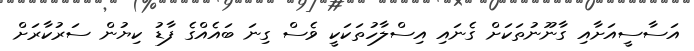
އަސާސީއަށާއި ގާނޫނުތަކަށް ގެނައި އިސްލާހުތަކަކީ ވެސް ގިނަ ބައެއްގެ ފާޑު ކިޔުން ސަރުކާރަށް